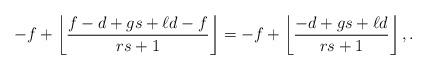
LaTeX: \begin{align*}-f+\left \lfloor \frac{f-d+gs+\ell d-f}{rs+1}\right\rfloor =-f+\left \lfloor \frac{-d+gs+\ell d}{rs+1}\right\rfloor , .\end{align*}